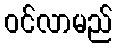
ဝင်လာမည်